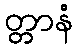
တ္တာနံ